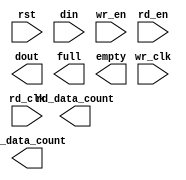
module fifo_s6_2Kx36_2clk(
	rst,
	wr_clk,
	rd_clk,
	din,
	wr_en,
	rd_en,
	dout,
	full,
	empty,
	rd_data_count,
	wr_data_count);


input rst;
input wr_clk;
input rd_clk;
input [35 : 0] din;
input wr_en;
input rd_en;
output [35 : 0] dout;
output full;
output empty;
output [11 : 0] rd_data_count;
output [11 : 0] wr_data_count;

// synthesis translate_off

      FIFO_GENERATOR_V6_1 #(
		.C_COMMON_CLOCK(0),
		.C_COUNT_TYPE(0),
		.C_DATA_COUNT_WIDTH(11),
		.C_DEFAULT_VALUE("BlankString"),
		.C_DIN_WIDTH(36),
		.C_DOUT_RST_VAL("0"),
		.C_DOUT_WIDTH(36),
		.C_ENABLE_RLOCS(0),
		.C_ENABLE_RST_SYNC(1),
		.C_ERROR_INJECTION_TYPE(0),
		.C_FAMILY("spartan6"),
		.C_FULL_FLAGS_RST_VAL(1),
		.C_HAS_ALMOST_EMPTY(0),
		.C_HAS_ALMOST_FULL(0),
		.C_HAS_BACKUP(0),
		.C_HAS_DATA_COUNT(0),
		.C_HAS_INT_CLK(0),
		.C_HAS_MEMINIT_FILE(0),
		.C_HAS_OVERFLOW(0),
		.C_HAS_RD_DATA_COUNT(1),
		.C_HAS_RD_RST(0),
		.C_HAS_RST(1),
		.C_HAS_SRST(0),
		.C_HAS_UNDERFLOW(0),
		.C_HAS_VALID(0),
		.C_HAS_WR_ACK(0),
		.C_HAS_WR_DATA_COUNT(1),
		.C_HAS_WR_RST(0),
		.C_IMPLEMENTATION_TYPE(2),
		.C_INIT_WR_PNTR_VAL(0),
		.C_MEMORY_TYPE(1),
		.C_MIF_FILE_NAME("BlankString"),
		.C_MSGON_VAL(1),
		.C_OPTIMIZATION_MODE(0),
		.C_OVERFLOW_LOW(0),
		.C_PRELOAD_LATENCY(0),
		.C_PRELOAD_REGS(1),
		.C_PRIM_FIFO_TYPE("2kx18"),
		.C_PROG_EMPTY_THRESH_ASSERT_VAL(4),
		.C_PROG_EMPTY_THRESH_NEGATE_VAL(5),
		.C_PROG_EMPTY_TYPE(0),
		.C_PROG_FULL_THRESH_ASSERT_VAL(2047),
		.C_PROG_FULL_THRESH_NEGATE_VAL(2046),
		.C_PROG_FULL_TYPE(0),
		.C_RD_DATA_COUNT_WIDTH(12),
		.C_RD_DEPTH(2048),
		.C_RD_FREQ(1),
		.C_RD_PNTR_WIDTH(11),
		.C_UNDERFLOW_LOW(0),
		.C_USE_DOUT_RST(1),
		.C_USE_ECC(0),
		.C_USE_EMBEDDED_REG(0),
		.C_USE_FIFO16_FLAGS(0),
		.C_USE_FWFT_DATA_COUNT(1),
		.C_VALID_LOW(0),
		.C_WR_ACK_LOW(0),
		.C_WR_DATA_COUNT_WIDTH(12),
		.C_WR_DEPTH(2048),
		.C_WR_FREQ(1),
		.C_WR_PNTR_WIDTH(11),
		.C_WR_RESPONSE_LATENCY(1))
	inst (
		.RST(rst),
		.WR_CLK(wr_clk),
		.RD_CLK(rd_clk),
		.DIN(din),
		.WR_EN(wr_en),
		.RD_EN(rd_en),
		.DOUT(dout),
		.FULL(full),
		.EMPTY(empty),
		.RD_DATA_COUNT(rd_data_count),
		.WR_DATA_COUNT(wr_data_count),
		.BACKUP(),
		.BACKUP_MARKER(),
		.CLK(),
		.SRST(),
		.WR_RST(),
		.RD_RST(),
		.PROG_EMPTY_THRESH(),
		.PROG_EMPTY_THRESH_ASSERT(),
		.PROG_EMPTY_THRESH_NEGATE(),
		.PROG_FULL_THRESH(),
		.PROG_FULL_THRESH_ASSERT(),
		.PROG_FULL_THRESH_NEGATE(),
		.INT_CLK(),
		.INJECTDBITERR(),
		.INJECTSBITERR(),
		.ALMOST_FULL(),
		.WR_ACK(),
		.OVERFLOW(),
		.ALMOST_EMPTY(),
		.VALID(),
		.UNDERFLOW(),
		.DATA_COUNT(),
		.PROG_FULL(),
		.PROG_EMPTY(),
		.SBITERR(),
		.DBITERR());


// synthesis translate_on

endmodule